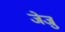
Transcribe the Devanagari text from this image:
जेजु